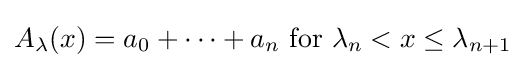
A_{\lambda }(x)=a_{0}+\cdots +a_{n}{\text{ for }}\lambda _{n}<x\leq \lambda _{n+1}